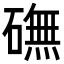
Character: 𥕻